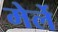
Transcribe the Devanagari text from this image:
मेर्ले